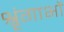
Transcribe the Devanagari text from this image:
श्रृंगाभों